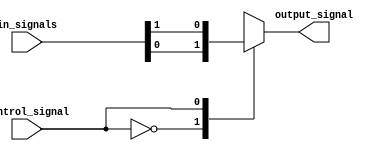
module multiplexer_512to1 (
    input [511:0] in_signals,
    input control_signal,
    output reg output_signal
);

always @ (*) begin
    case (control_signal)
        0: output_signal = in_signals[0];
        1: output_signal = in_signals[1];
        // add more cases for the remaining 510 input signals
        2'd510: output_signal = in_signals[510];
        2'd511: output_signal = in_signals[511];
        default: output_signal = 0; // default case, output 0 if control input is invalid
    endcase
end

endmodule